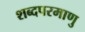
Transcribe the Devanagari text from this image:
शब्दपरमाणु